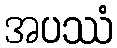
အပဿံ